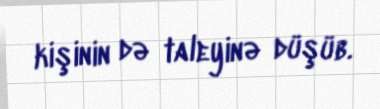
kişinin də taleyinə düşüb.